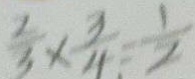
\frac { 2 } { 3 } \times \frac { 3 } { 4 } = \frac { 1 } { 2 }